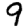
Digit: 9